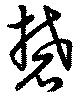
礬